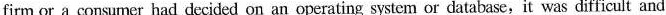
firm or a consumer had decided on an operating system or databuwe,it was difficult and